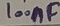
Text: 100nF